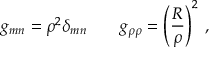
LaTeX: g _ { m n } = \rho ^ { 2 } \delta _ { m n } \qquad g _ { \rho \rho } = \left( { \frac { R } { \rho } } \right) ^ { 2 } \, ,